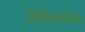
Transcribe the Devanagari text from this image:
संशोधनकेले